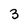
Character: 3